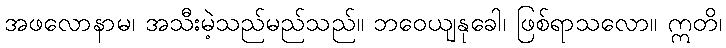
အဖလောနာမ၊ အသီးမဲ့သည်မည်သည်။ ဘဝေယျနုခေါ၊ ဖြစ်ရာသလော။ ဣတိ၊